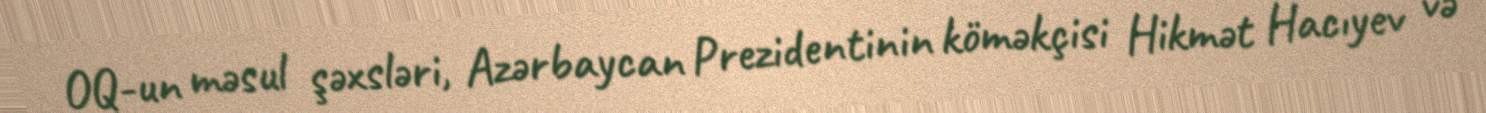
OQ-un məsul şəxsləri, Azərbaycan Prezidentinin köməkçisi Hikmət Hacıyev və